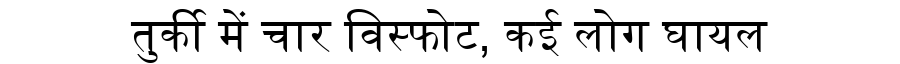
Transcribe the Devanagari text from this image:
तुर्की में चार विस्फोट, कई लोग घायल